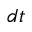
d t